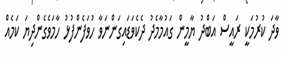
ވާދަ ކުރުމަކީ ރައީސް އަބްދު ޔާމީން ގައުމާމެދު ދެކެވަޑައިގަންނަވާ ހުވަފެންފުޅު ހާމަވެގެންދިޔަ ކަމެއް